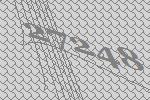
27248